Medical and sanitary report of the native army of Bengal for the year
Year: 1877
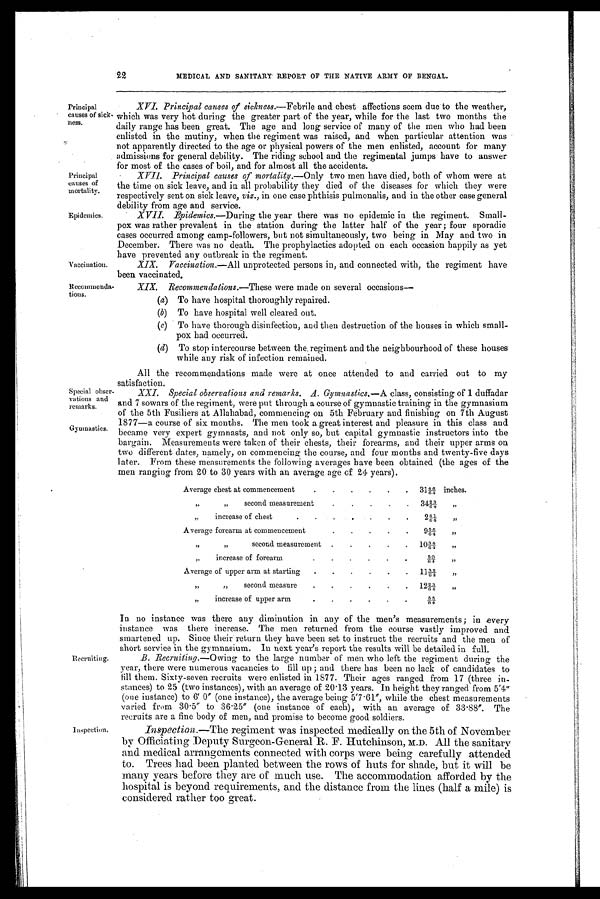
Principal
causes of
mortality.
Epidemics.
Vaccination,
Recommend
tious.
Special obsei
vations and
remarks.
Gymnastics
.
22
MEDICAL AND SANITARY REPORT OF THE NATIVE ARMY OF BENGAL.
Principal
causes of sick-
Mess.
Recruiting
Inspection.
XVI. Principal causes of sickness.—Febrile and chest affections seem due . to the weather,
which was very hot during the greater part of the year, while for the last two months the
daily range has been great. The age and long service of many of the men who had been
enlisted in the mutiny, when the regiment . was raised, and when particular attention was
not apparently directed to the age or physical powers of the men enlisted, account for many
admissions for general debility. The riding school and the regimental jumps have to answer
for most of the cases of boil, and for almost all the accidents.
XVII. Principal causes of mortality.—Only two men have died, both of whom were at
the time on sick leave, and in all probability they died of the diseases for which they were
respectively sent on sick leave, viz., in one case phthisis pulmonalis, and in the other case general
debility from age and service.
XVII. Bpidemics.—During the year there was no epidemic in the regiment. Small-
pox was rather prevalent in the station during the latter half of the year ; four sporadic
cases occurred among camp-followers, but not simultaneously, two being in May and two in
December. There was no death. The prophylactics adopted on each occasion happily as yet
have prevented any outbreak in the regiment.
XIX. Vaccination.— All unprotected persons in, and connected with, the regiment have
been vaccinated.
XIX. Recommendations.—These were made on several occasions-
(a) To have hospital thoroughly repaired.
(b) To have hospital well cleared out.
(c) To have thorough disinfection, and then destruction of the houses in which small-
- pox had occurred.
(d) To stop intercourse between the. regiment and the neighbourhood of these houses
while any risk of infection remained.
All the recommendations made were at once attended to and carried out to my
satisfaction.
XXI. Special observations and remarks. A. Gymnastics,- A class, consisting of 1 duffadar
and 7 sowars of the regiment, were put through a course of gymnastic training in the gymnasium
of the 5th Fusiliers at Allahabad, commencing on 5th February and finishing on 7th August.
1877—a course of six months. The men took a great interest and pleasure in this class and
became very expert gymnasts, and not only so, but capital gymnastic instructors into the
bargain. Measurements were taken of their chests, their forearms, and their upper arms on
two different dates, namely, on commencing the course, and four months and twenty-five days
later. From these measurements the following averages have been obtained (the ages of the
men ranging from 20 to 30 years with an average age of 24 years).
Average chest at commencement
31
4 / 6 6 / 4i
n c h e s .
,,
,,
second measurement
3 4
2 / 6 3 / 4,
,
,,
increase of .chest
2 4 / 6 1 / 4,
,
Average forearm at commencement
9 5 / 6 6 / 4,
,
,,
,,
second measurement
1 0
3 / 6 4 / 4,
,
,,
increase of forearm
5 / 6 0 / 4,
,
Average of upper arm at starting
1 1
3 / 6 2 / 4,
,
,,
,,
second measure
1 2
2 / 6 3 / 4,
,
,,
increase of upper arm
5 / 6 5 / 4
In no instance was there any diminution in any of the men's measurements ; in every
instance was there increase. The men returned from the course vastly improved and
smartened up. Since their return they have been set to instruct the recruits and the men of
short service in the gymnasium. In next year's report the results will be detailed in full.
B. Recruiting.—Owing to the large number of men who left the regiment during the
year, there were numerous vacancies to fill up ; and there has been no lack of candidates to
fill them. Sixty-seven recruits were enlisted in 1877. Their ages ranged from 17 (three in-
stances) to 25 (two instances), with an average of 20.13 years. In height they ranged from 5'4"
(one instance) to 6' 0" (one instance), the average being 5'7.61", while the chest measurements
varied from 30.5" to 36.25" (one instance of each), with an average of 33.88". The
recruits are a fine body of men, and promise to become good soldiers.
Inspection.—The regiment was inspected medically on the 5th of November
by Officiating Deputy Surgeon-General R. F. Hutchinson, M.D. All the sanitary
and medical arrangements connected with corps were being carefully attended
to. Trees had been planted between the rows of huts for shade, but it will be
many years before they are of much use. The accommodation afforded by the
hospital is beyond requirements, and the distance from the lines (half a mile) is
considered rather too great.